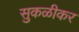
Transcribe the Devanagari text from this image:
सुकळीकर